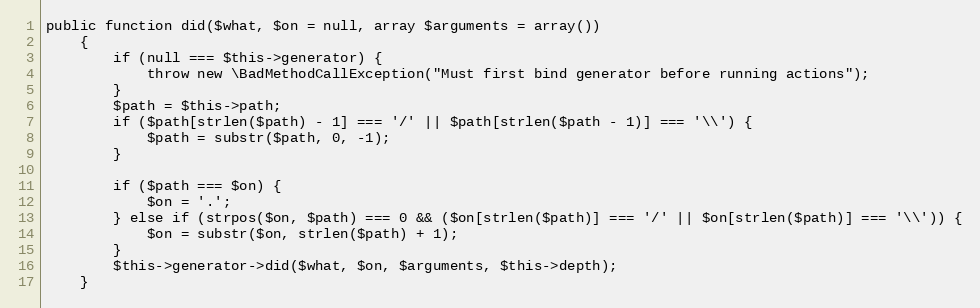
Language: PHP
public function did($what, $on = null, array $arguments = array())
    {
        if (null === $this->generator) {
            throw new \BadMethodCallException("Must first bind generator before running actions");
        }
        $path = $this->path;
        if ($path[strlen($path) - 1] === '/' || $path[strlen($path - 1)] === '\\') {
            $path = substr($path, 0, -1);
        }

        if ($path === $on) {
            $on = '.';
        } else if (strpos($on, $path) === 0 && ($on[strlen($path)] === '/' || $on[strlen($path)] === '\\')) {
            $on = substr($on, strlen($path) + 1);
        }
        $this->generator->did($what, $on, $arguments, $this->depth);
    }